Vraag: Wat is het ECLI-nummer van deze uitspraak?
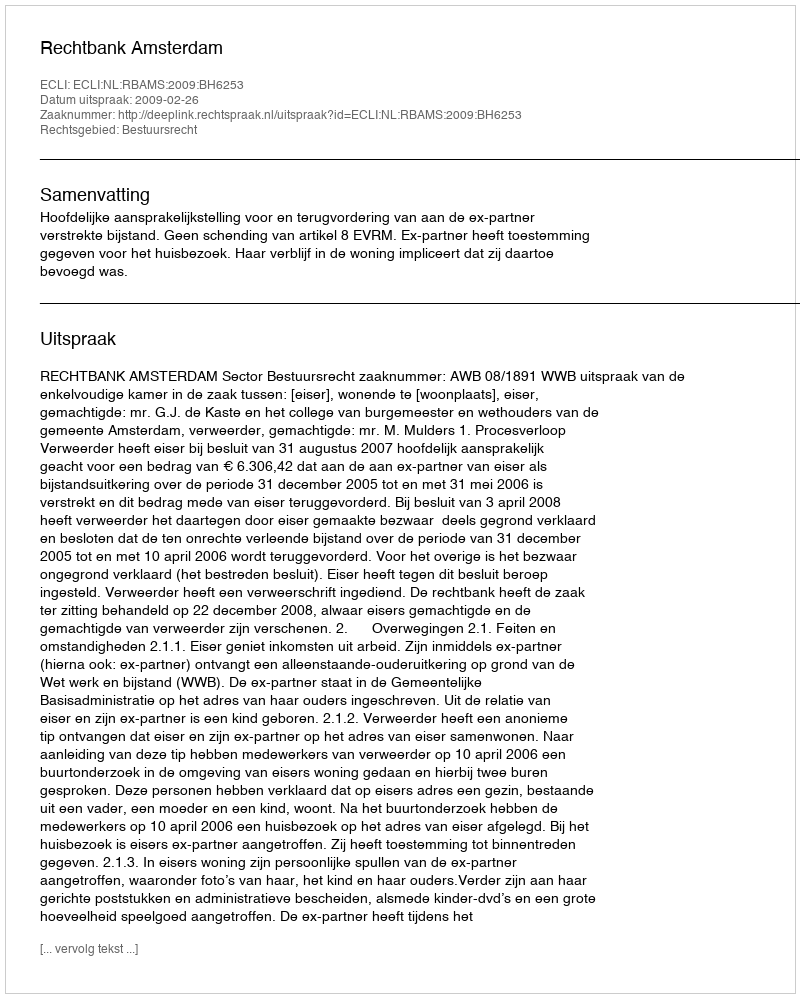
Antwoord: ECLI:NL:RBAMS:2009:BH6253